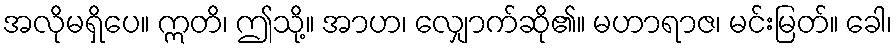
အလိုမရှိပေ။ ဣတိ၊ ဤသို့။ အာဟ၊ လျှောက်ဆို၏။ မဟာရာဇ၊ မင်းမြတ်။ ခေါ၊